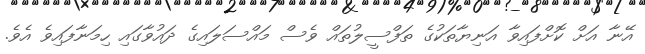
އޭނާ އަށް ކޮށްފައިވާ އަނިޔާތަކުގެ ތަފްސީލުތައް ވެސް މައްސަލައިގެ ދައުވާގައި ހިމަނާފައިވެ އެވެ.